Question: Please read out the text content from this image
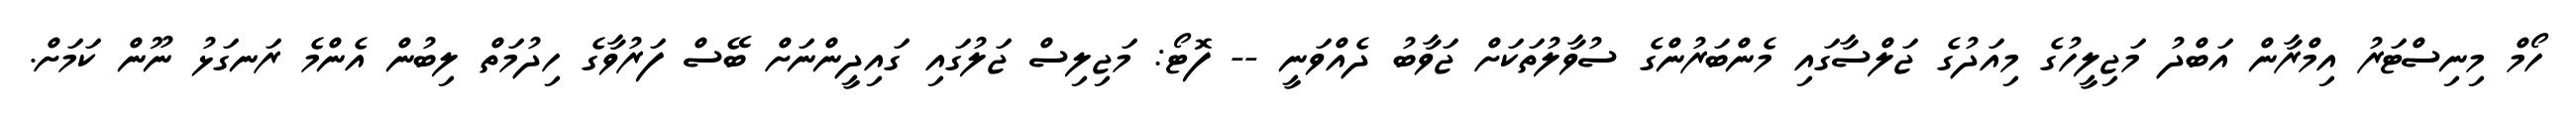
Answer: ހޯމް މިނިސްޓަރު އިމްރާން އަބްދު މަޖިލީހުގެ މިއަދުގެ ޖަލްސާގައި މެންބަރުންގެ ސުވާލުތަކަށް ޖަވާބު ދެއްވަނީ -- ފޮޓޯ: މަޖިލިސް ޖަލުގައި ގައިދީންނަށް ބޭސް ފަރުވާގެ ހިދުމަތް ލިބުން އެންމެ ރަނގަޅު ނޫން ކަމަށް.